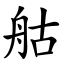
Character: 䑩